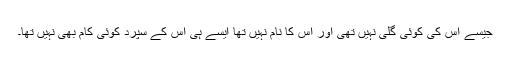
جیسے اس کی کوئی گلی نہیں تھی اور اس کا نام نہیں تھا ایسے ہی اس کے سپرد کوئی کام بھی نہیں تھا۔